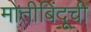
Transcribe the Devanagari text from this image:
मोतीबिंदूची